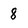
Character: 8